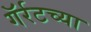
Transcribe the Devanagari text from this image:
गॅर्रटच्या